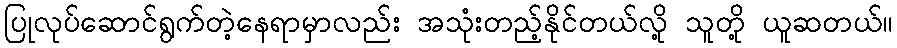
ပြုလုပ်ဆောင်ရွက်တဲ့နေရာမှာလည်း အသုံးတည့်နိုင်တယ်လို့ သူတို့ ယူဆတယ်။